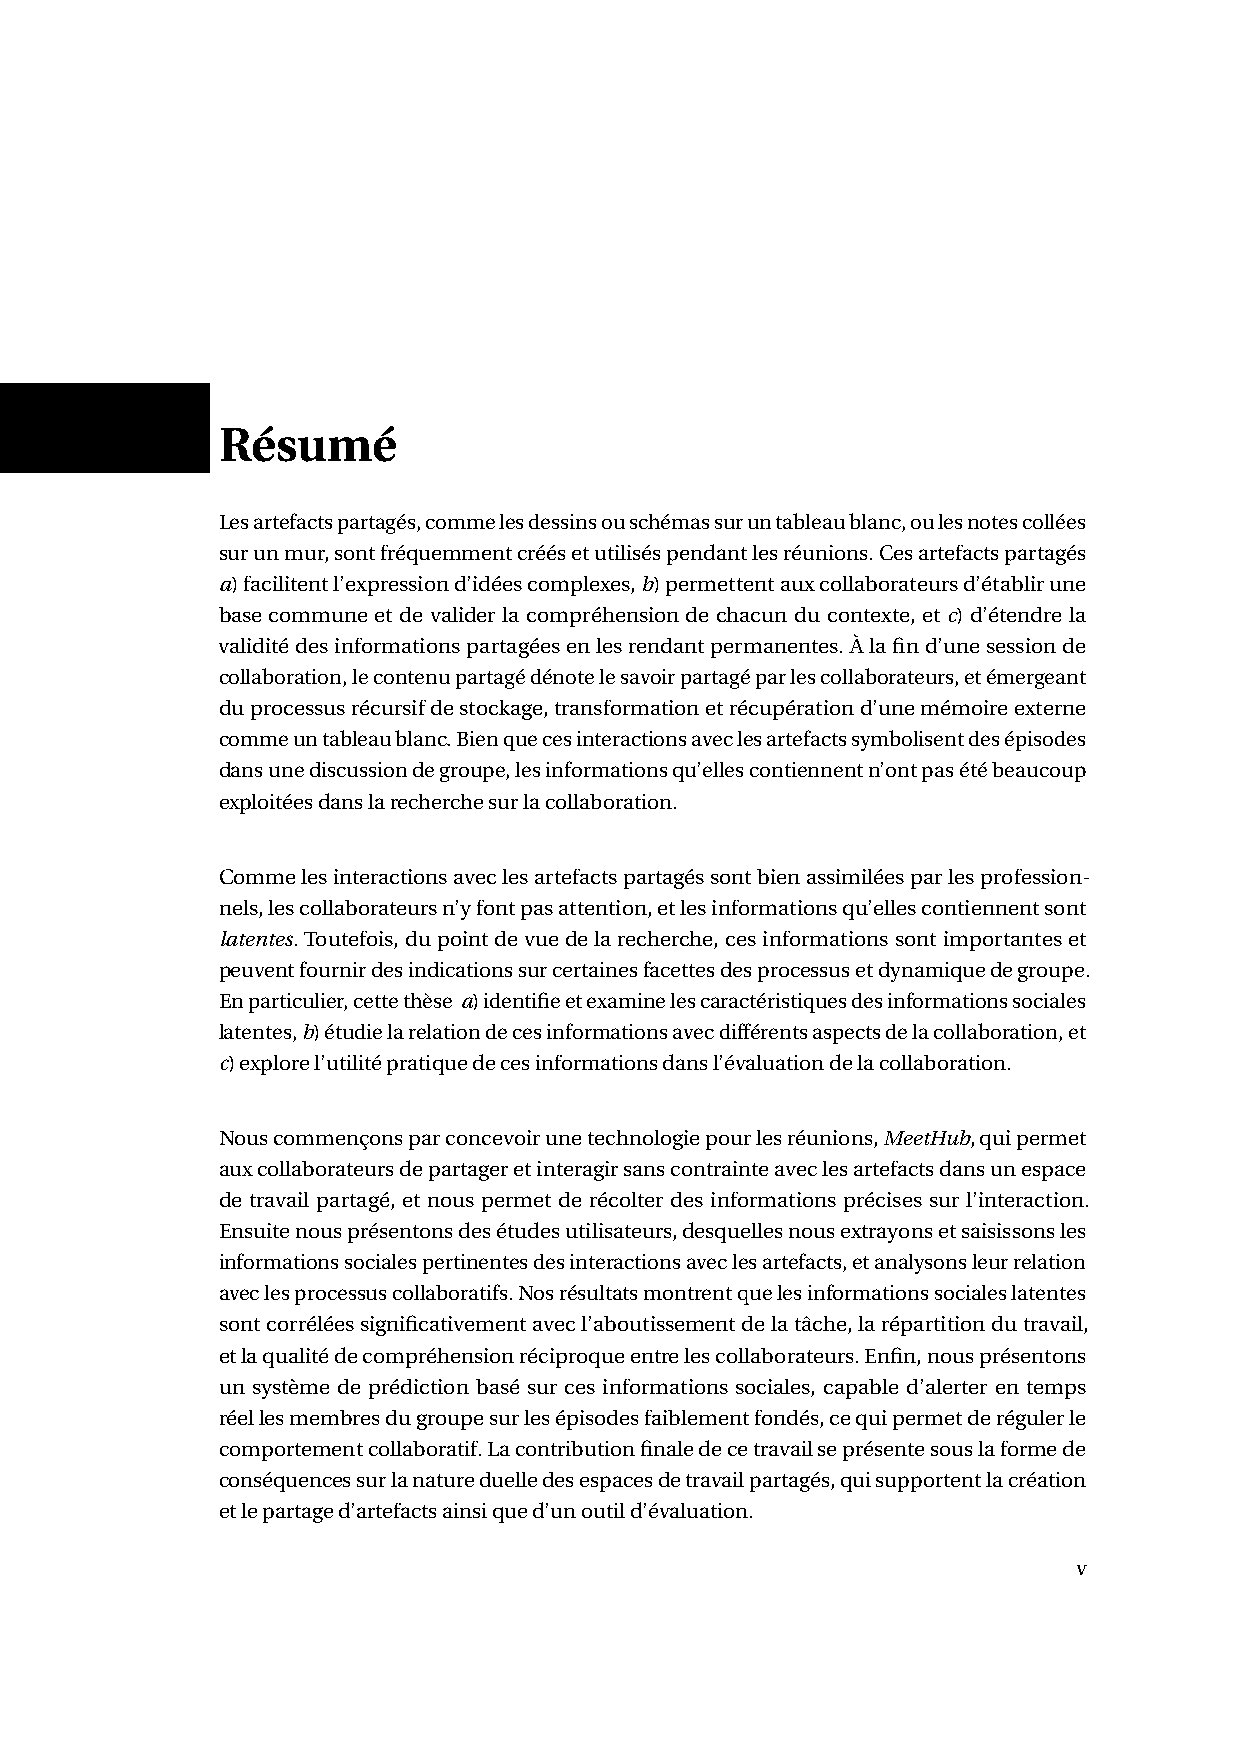
Résumé
 Lesartefactspartagés,commelesdessinsouschémassuruntableaublanc,oulesnotescollées
 surunmur,sontfréquemmentcréésetutiliséspendantlesréunions.Cesartefactspartagés
 a)facilitentl’expressiond’idéescomplexes,b)permettentauxcollaborateursd’établirune
 base commune et de valider la compréhension de chacun du contexte, et c) d’étendre la
 validitédesinformationspartagéesenlesrendantpermanentes.Àlafind’unesessionde
 collaboration,lecontenupartagédénotelesavoirpartagéparlescollaborateurs,etémergeant
 duprocessusrécursifdestockage,transformationetrécupérationd’unemémoireexterne
 commeuntableaublanc.Bienquecesinteractionsaveclesartefactssymbolisentdesépisodes
 dansunediscussiondegroupe,lesinformationsqu’ellescontiennentn’ontpasétébeaucoup
 exploitéesdanslarecherchesurlacollaboration.
 Commelesinteractionsaveclesartefactspartagéssontbienassimiléesparlesprofession-
 nels,lescollaborateursn’yfontpasattention,etlesinformationsqu’ellescontiennentsont
 latentes.Toutefois,dupointdevuedelarecherche,cesinformationssontimportanteset
 peuventfournirdesindicationssurcertainesfacettesdesprocessusetdynamiquedegroupe.
 Enparticulier,cettethèse a)identifieetexaminelescaractéristiquesdesinformationssociales
 latentes,b)étudielarelationdecesinformationsavecdifférentsaspectsdelacollaboration,et
 c)explorel’utilitépratiquedecesinformationsdansl’évaluationdelacollaboration.
 Nouscommençonsparconcevoirunetechnologiepourlesréunions,MeetHub,quipermet
 auxcollaborateursdepartageretinteragirsanscontrainteaveclesartefactsdansunespace
 de travail partagé, et nous permet de récolter des informations précises sur l’interaction.
 Ensuitenousprésentonsdesétudesutilisateurs,desquellesnousextrayonsetsaisissonsles
 informationssocialespertinentesdesinteractionsaveclesartefacts,etanalysonsleurrelation
 aveclesprocessuscollaboratifs.Nosrésultatsmontrentquelesinformationssocialeslatentes
 sontcorréléessignificativementavecl’aboutissementdelatâche,larépartitiondutravail,
 etlaqualitédecompréhensionréciproqueentrelescollaborateurs.Enfin,nousprésentons
 un système de prédiction basé sur ces informations sociales, capable d’alerter en temps
 réellesmembresdugroupesurlesépisodesfaiblementfondés,cequipermetderégulerle
 comportementcollaboratif.Lacontributionfinaledecetravailseprésentesouslaformede
 conséquencessurlanatureduelledesespacesdetravailpartagés,quisupportentlacréation
 etlepartaged’artefactsainsiqued’unoutild’évaluation.
 v